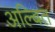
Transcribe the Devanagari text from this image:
अल्बित